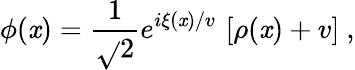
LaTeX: \phi(\mathit{x})=\frac{{1}}{{\sqrt{}{{2}}}}e^{i\xi(\mathit{x})/v}\, \left[\rho(\mathit{x})+v\right]\ ,